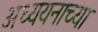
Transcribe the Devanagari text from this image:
अध्ययनाच्या